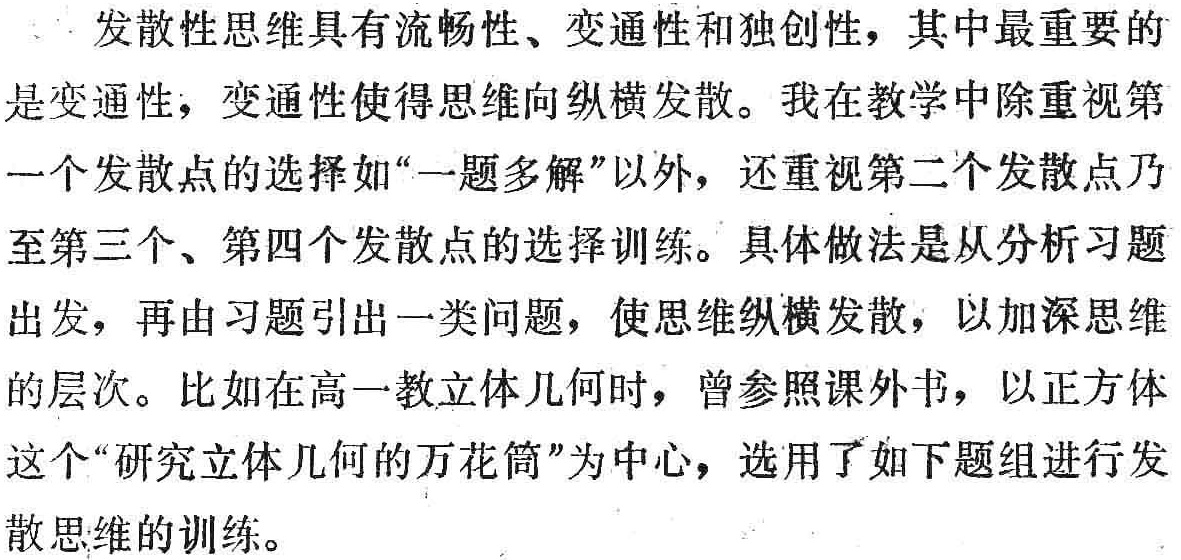
发散性思维具有流畅性、变通性和独创性，其中最重要的是变通性，变通性使得思维向纵横发散。我在教学中除重视第一个发散点的选择如“一题多解”以外，还重视第二个发散点乃至第三个、第四个发散点的选择训练。具体做法是从分析习题出发，再由习题引出一类问题，使思维纵横发散，以加深思维的层次。比如在高一教立体几何时，曾参照课外书，以正方体这个“研究立体几何的万花筒”为中心，选用了如下题组进行发散思维的训练。